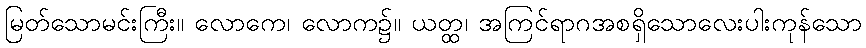
မြတ်သောမင်းကြီး။ လောကေ၊ လောက၌။ ယတ္ထ၊ အကြင်ရာဂအစရှိသောလေးပါးကုန်သော